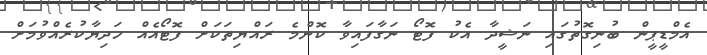
އެމްޑީޕީން ބުނިގޮތުގައި ނަޝީދާ އެކު ފޮޓޯ ނަގާފައިވާ ކޮންމެ ރައްޔިތަކަށް ފޮޓޯއެއް ހަދިޔާކުރެއްވުމަށް